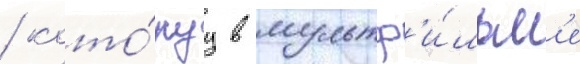
/ кото́руу в мультф'и́льм'е